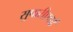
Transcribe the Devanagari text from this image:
सुपारीएवढें